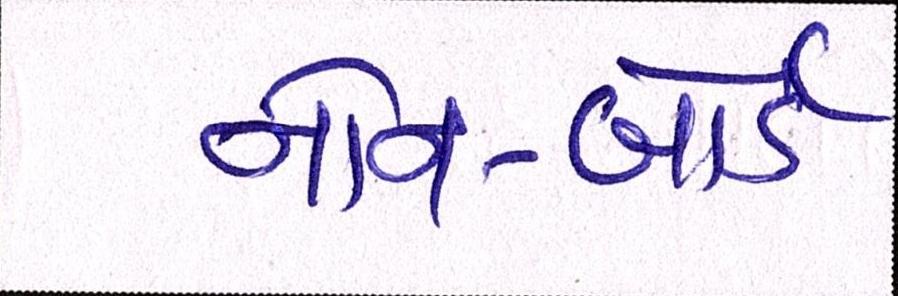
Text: નોન-બોર્ડ